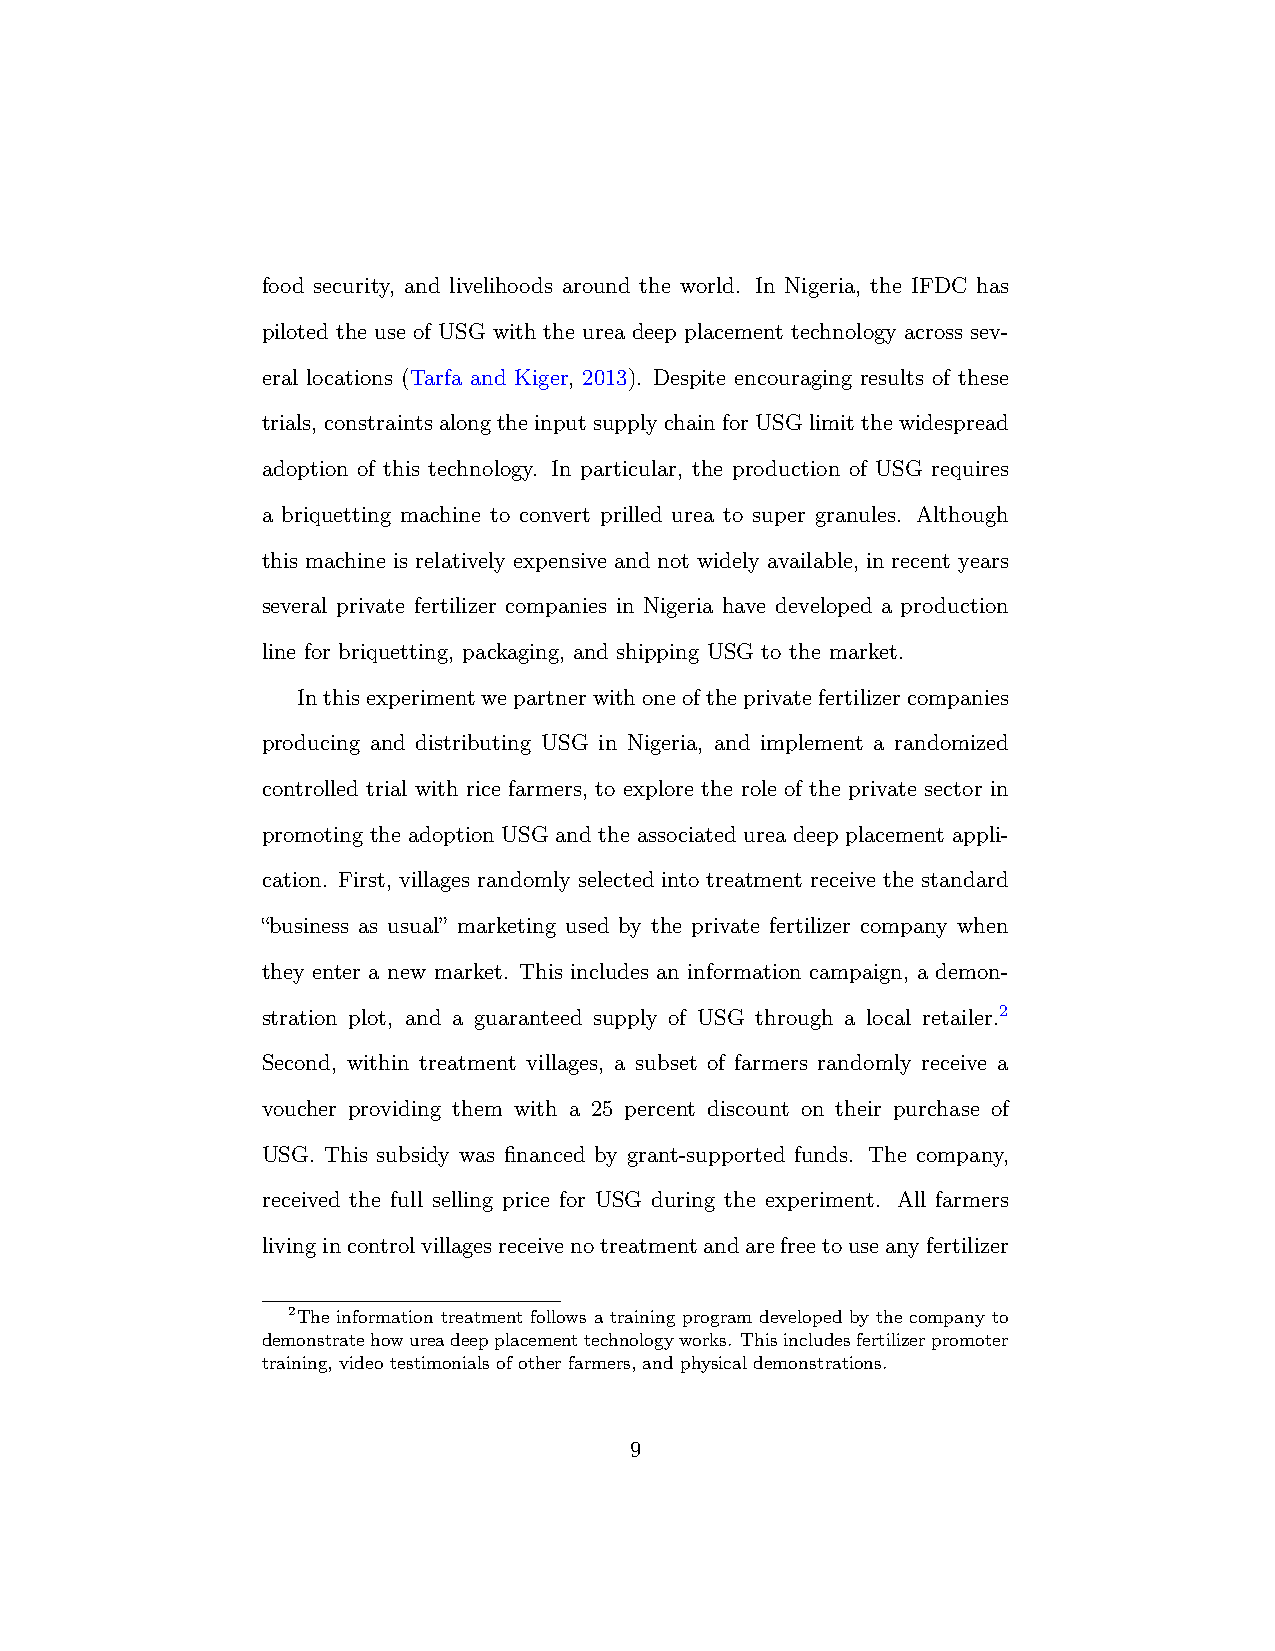
food security, and livelihoods around the world. In Nigeria, the IFDC has
 piloted the use of USG with the urea deep placement technology across sev-
 eral locations (Tarfa and Kiger, 2013). Despite encouraging results of these
 trials, constraintsalongtheinputsupplychainforUSGlimitthewidespread
 adoption of this technology. In particular, the production of USG requires
 a briquetting machine to convert prilled urea to super granules. Although
 this machine is relatively expensive and not widely available, in recent years
 several private fertilizer companies in Nigeria have developed a production
 line for briquetting, packaging, and shipping USG to the market.
 Inthisexperimentwepartnerwithoneoftheprivatefertilizercompanies
 producing and distributing USG in Nigeria, and implement a randomized
 controlled trial with rice farmers, to explore the role of the private sector in
 promoting the adoption USG and the associated urea deep placement appli-
 cation. First, villages randomly selected into treatment receive the standard
 “business as usual” marketing used by the private fertilizer company when
 they enter a new market. This includes an information campaign, a demon-
 stration plot, and a guaranteed supply of USG through a local retailer.2
 Second, within treatment villages, a subset of farmers randomly receive a
 voucher providing them with a 25 percent discount on their purchase of
 USG. This subsidy was financed by grant-supported funds. The company,
 received the full selling price for USG during the experiment. All farmers
 livingincontrolvillagesreceivenotreatmentandarefreetouseanyfertilizer
 2The information treatment follows a training program developed by the company to
 demonstratehowureadeepplacementtechnologyworks. Thisincludesfertilizerpromoter
 training, video testimonials of other farmers, and physical demonstrations.
 9